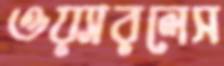
ওয়্যারলেস